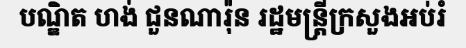
បណ្ឌិត ហង់ ជួនណារ៉ុន រដ្ឋមន្ត្រីក្រសួងអប់រំ